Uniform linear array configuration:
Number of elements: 24
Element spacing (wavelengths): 0.75
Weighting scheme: binomial
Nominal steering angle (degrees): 45
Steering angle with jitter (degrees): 43.202
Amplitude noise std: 0.05
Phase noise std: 0.05

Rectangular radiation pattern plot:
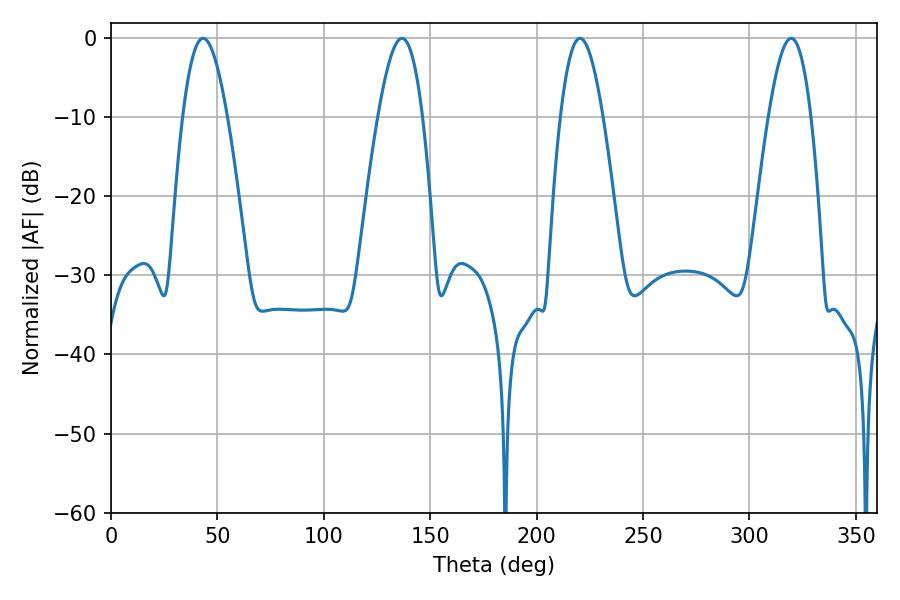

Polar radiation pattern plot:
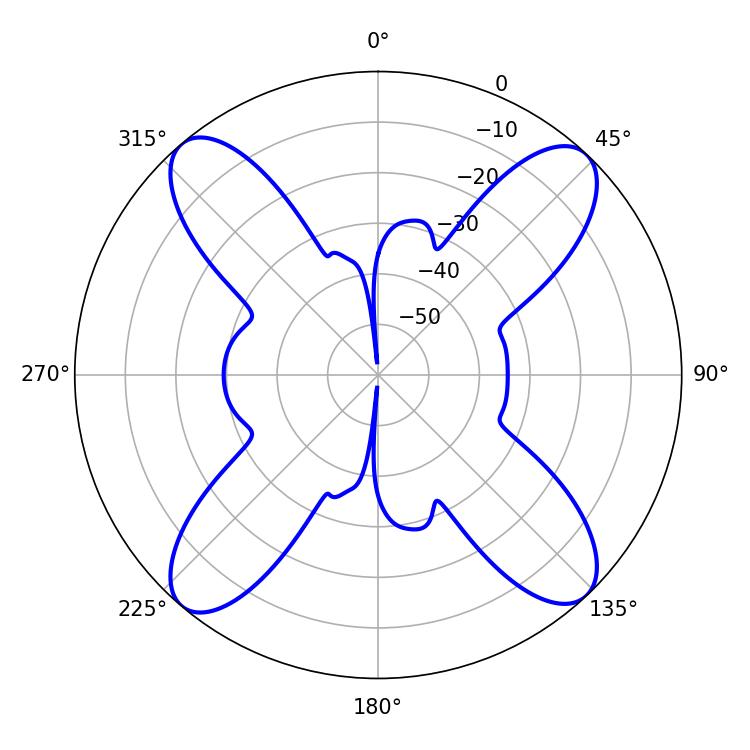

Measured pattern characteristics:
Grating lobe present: TRUE
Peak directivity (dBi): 18.402
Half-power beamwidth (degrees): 10.8
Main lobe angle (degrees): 220.32